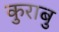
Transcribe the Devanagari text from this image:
कुराबु